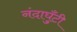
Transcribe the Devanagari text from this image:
नंदाघुँटी